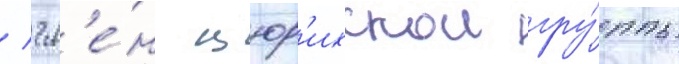
/ чл'е́н цюр'ихскои гру́ппы